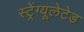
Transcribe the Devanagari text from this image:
स्ट्रेंग्यूलेटेड